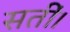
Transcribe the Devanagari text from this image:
सतीं।